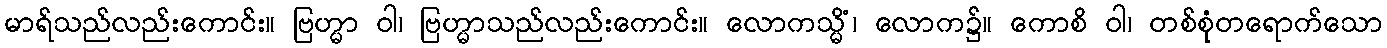
မာရ်သည်လည်းကောင်း။ ဗြဟ္မာ ဝါ၊ ဗြဟ္မာသည်လည်းကောင်း။ လောကသ္မိံ၊ လောက၌။ ကောစိ ဝါ၊ တစ်စုံတရောက်သော